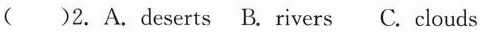
()2. A.Deserts B. Rivers C. Clouds